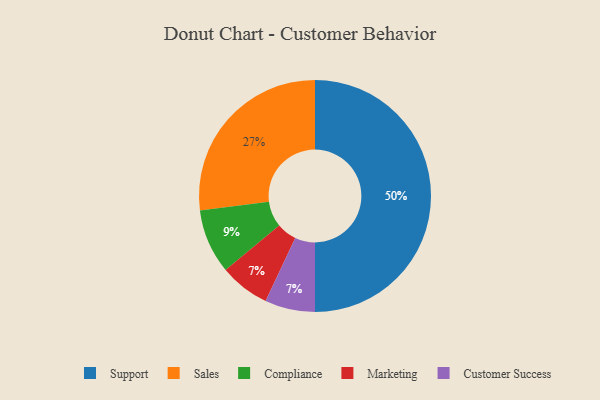
{"axis": {"x": "Category", "y": "Percentage"}, "legend": ["Compliance", "Customer Success", "Marketing", "Sales", "Support"], "data": [{"x": "Compliance", "y": 9, "type": "Compliance"}, {"x": "Marketing", "y": 7, "type": "Marketing"}, {"x": "Sales", "y": 27, "type": "Sales"}, {"x": "Customer Success", "y": 7, "type": "Customer Success"}, {"x": "Support", "y": 50, "type": "Support"}]}